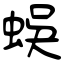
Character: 蜈